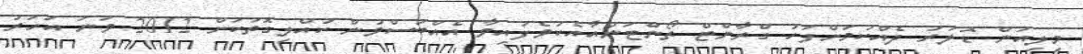
މިލިއަން ޑޮލަރު ދެއްކުމަށްފަހު ގްރާންޓް ތޯންޓަންއާއެކުވެފައިވާ އެއްބަސްވުން ކުއްލިގޮތަކަށް 2012 ވަނަ އަހަރު